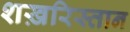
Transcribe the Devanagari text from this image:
शख़रिस्तान